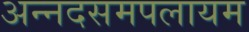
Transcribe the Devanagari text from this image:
अन्नदसमपलायम